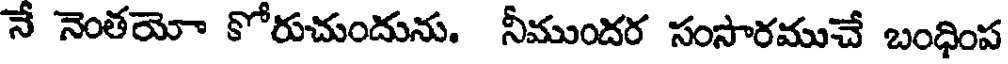
నే నెంతయో కోరుచుందును. నీముందర సంసారముచే బంధింప